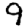
Digit: 9